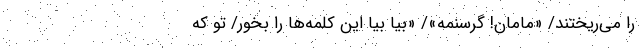
را می‌ریختند/ «مامان! گرسنمه»/ «بیا بیا این کلمه‌ها را بخور/ تو که